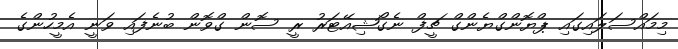
މިމައްސަލައިގައި ޕްޔޮންގްޔެންގް ޗީފް ނެގޯޝިއޭޓަރު ރީ ސޮން ގްވޮން ބުނެފައި ވަނީ އެމީހުންގެ